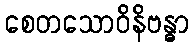
စေတသောဝိနိဗန္ဓာ